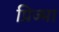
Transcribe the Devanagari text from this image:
प्रिज्मा